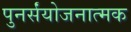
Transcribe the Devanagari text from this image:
पुनर्संयोजनात्मक